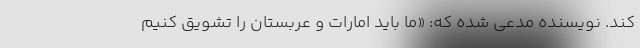
کند. نویسنده مدعی شده که: «ما باید امارات و عربستان را تشویق کنیم